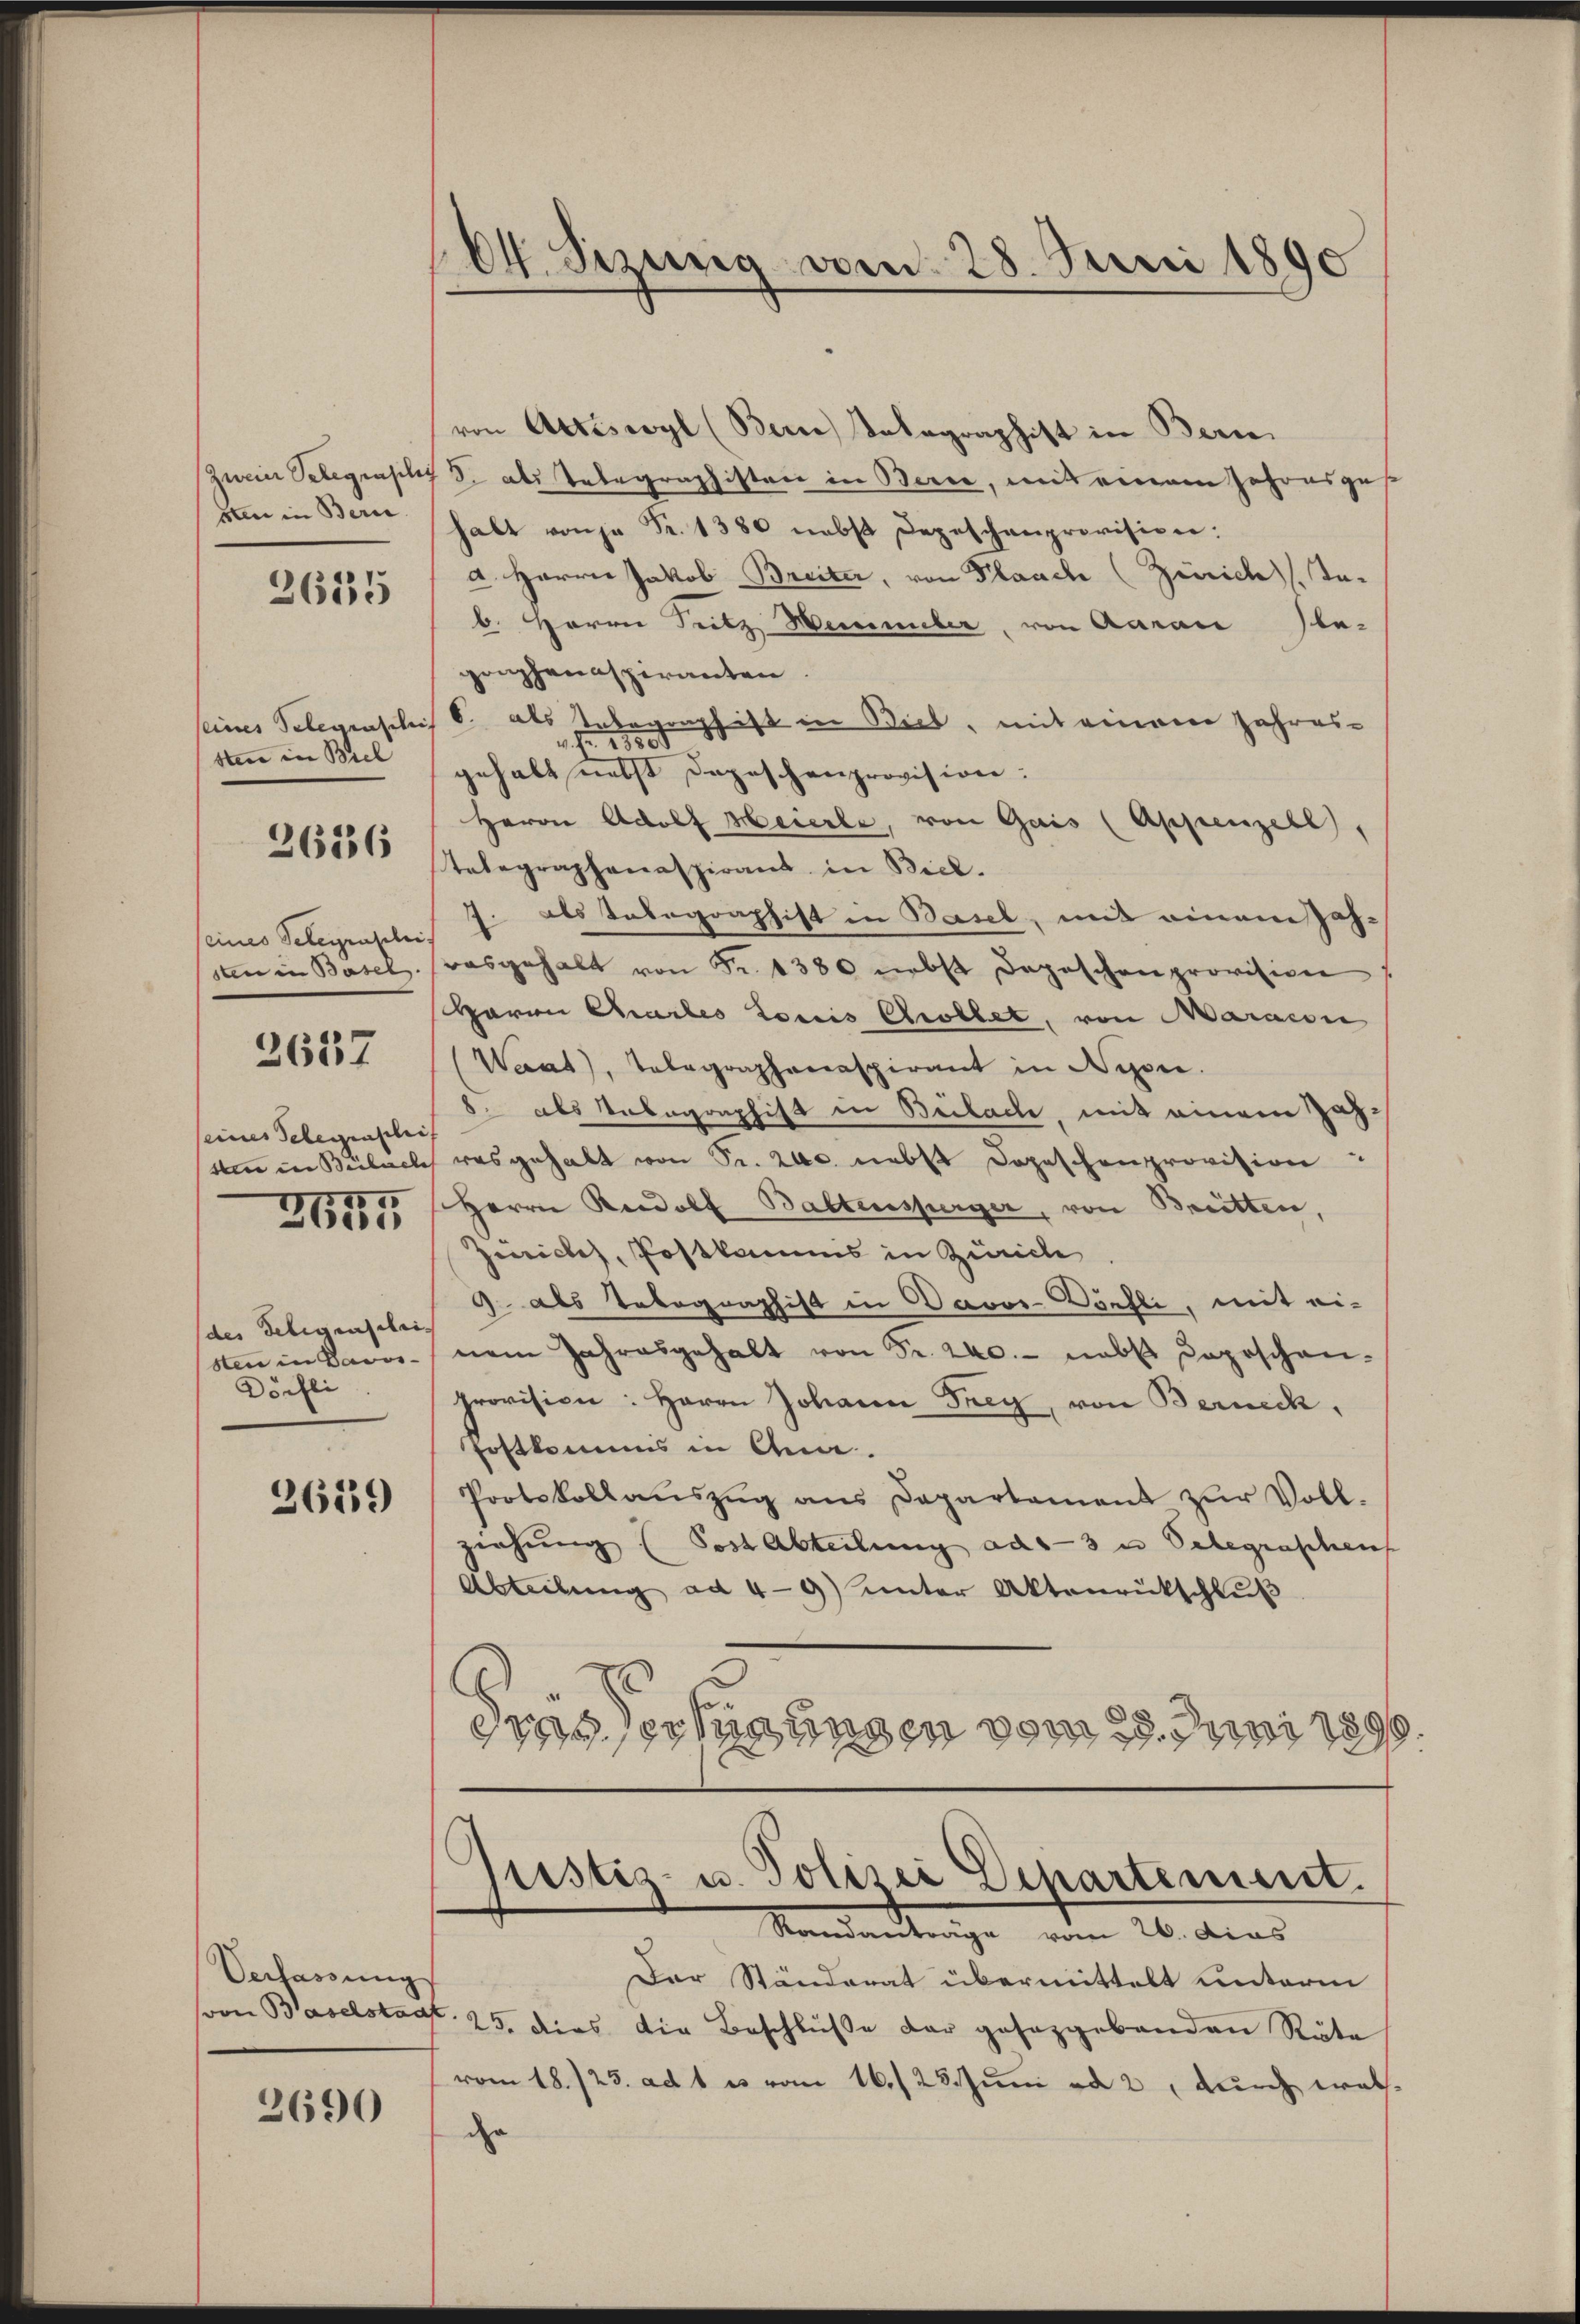
sten in Beri

2635

seines Telegenschi
sten in Biel
seines Telegraschei-
sten in Basel.

2636

2637

seines Telegenschei
sten in Bülach
des Seligenschei
sten in Davos-
Dörfli

2615

2659

Verfassung

2690

(Ct. Sizung vom 28. Juni 1890

von Attiswyl (Bern Salagraphist in Bern.
Zweier Telegrasch S. als Telegraphisten in Berne, mit einem Jahresgese
habt von je Fr. 1380 nebst Depeschenprovision:
a. Herrn Jakob Breiter, von Flaach (Zürich, Ta-
b. Herrn Seitz Hemmeler, von Aarau Ele-
graphenaspiranten.
6. als Unbegraphist in Biel, mit einem Jahres-
1850
d
gehalt nebst Depeschenprovision:
Herrn Adolf Meierle, von Gais (Appenzell),
telegraphenaspirant in Biel.
1 als Telegraphist in Basel, mit einem Jahrasgehalt von Fr. 1380 nebst Deposchenprovision
Haron Chailes Louis Chrollet, von Maracon
Waat), Telegraphenaspirant in Nyon.
8. als Telegraphist in Brilach, mit einem Zahras gehalt von Fr. 200. nebst Depeschenprovision
Herrn Rudolf Baltensperger, von Breitten,
Zürich, Postkommis in Zürich
9. als Telegraphist in Davos-Dörfli, mit ei-
nem Jahresgehalt von Fr. 240. nebst Copischen-
provision: Herrn Johann Frey, von Berneck,
Postkommis in Ann
Protokollaŭszŭg ans Departement zŭr Voll-
ziehung (Post Abteilung ads-3 u Selegenschen
Abteilŭng ad 4-9) unter Aktenrückschlŭβ
d
C
rasserungen vom 29. Juni 1890.

Justiz- u. Polizei Departement.
Standanträge vom 26. Dies

Der Ständerat übermittelt unterm
von Baselstadt. 25. dies die Beschlüße der gesetzgebenden Räte
vom 18./23. ad 1. es vom 16./23. Juni ad 2, durch welchde